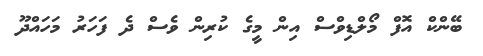
ބޭންކް އޮފް މޯލްޑިވްސް އިން މީގެ ކުރިން ވެސް ދެ ފަހަރު މަހައްދޫ